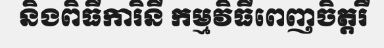
និងពិធីការិនី កម្មវិធីពេញចិត្តរឺ